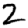
Digit: 2